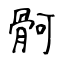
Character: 䯊